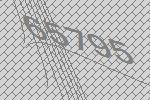
65795